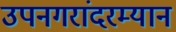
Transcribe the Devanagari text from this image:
उपनगरांदरम्यान